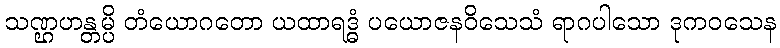
သဏ္ဌဟန္တမ္ပိ တံယောဂတော ယထာရဒ္ဓံ ပယောဇနဝိသေသံ ရာဂပါသော ဒုကဝသေန